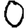
Digit: 0